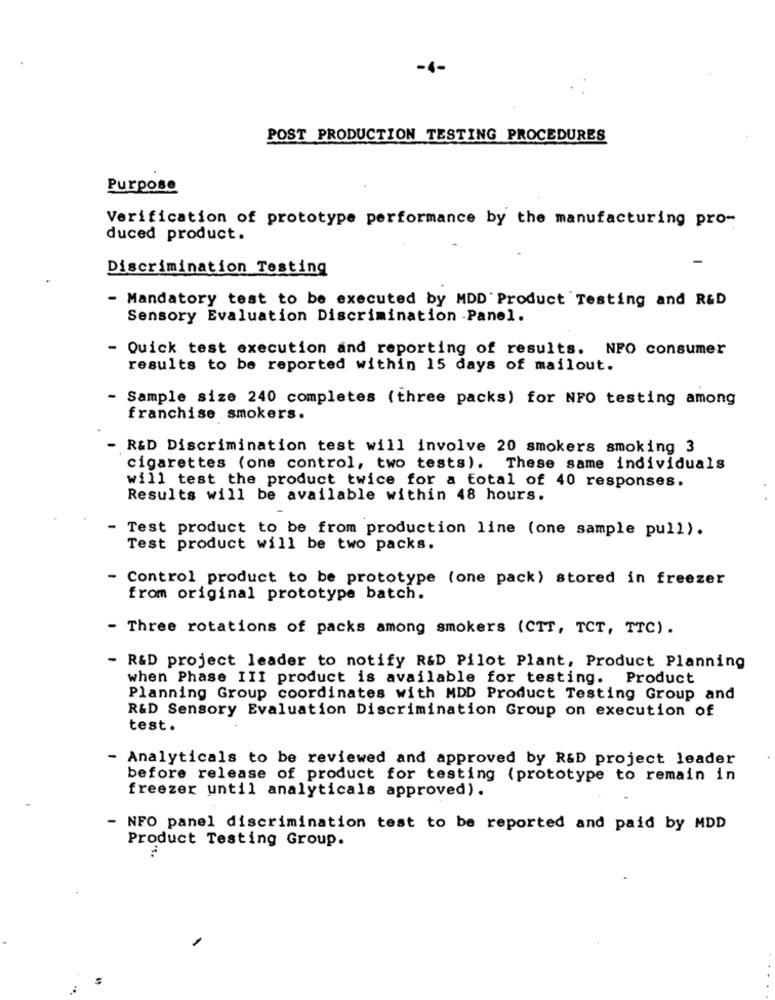
-4-
POST PRODUCTION TESTING PROCEDURES
Purpose
Verification of prototype performance by the manufacturing pro-
duced product.
-
Discrimination Testing
- Mandatory test to be executed by MDD' Product Testing and R&D
Sensory Evaluation Discrimination -Panel.
- Quick test execution and reporting of results. NFO consumer
results to be reported within 15 days of mailout.
- Sample size 240 completes (three packs) for NFO testing among
franchise smokers.
- R&D Discrimination test will involve 20 smokers smoking 3
cigarettes (one control, two tests). These same individuals
will test the product twice for a total of 40 responses.
Results will be available within 48 hours.
- Test product to be from production line (one sample pull).
Test product will be two packs.
- Control product to be prototype (one pack) stored in freezer
from original prototype batch.
- Three rotations of packs among smokers (CTT, TCT, TTC) .
- R&D project leader to notify R&D Pilot Plant, Product Planning
when Phase III product is available for testing. Product
Planning Group coordinates with MDD Product Testing Group and
R&D Sensory Evaluation Discrimination Group on execution of
test.
- Analyticals to be reviewed and approved by R&D project leader
before release of product for testing (prototype to remain in
freezer until analyticals approved).
- NFO panel discrimination test to be reported and paid by MDD
Product Testing Group.